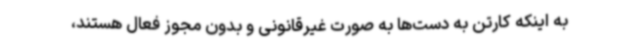
به اینکه کارتن به دست‌ها به صورت غیرقانونی و بدون مجوز فعال هستند،